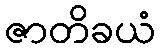
ဇာတိခယံ